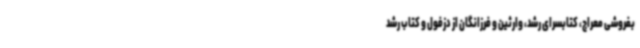
بفروشی معراج، کتابسرای رشد، وارثین و فرزانگان از دزفول و کتاب رشد